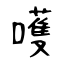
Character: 嚄